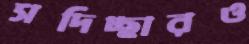
সদিচ্ছারও